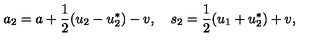
a _ { 2 } = a + \frac { 1 } { 2 } ( u _ { 2 } - u _ { 2 } ^ { * } ) - v , \quad s _ { 2 } = \frac { 1 } { 2 } ( u _ { 1 } + u _ { 2 } ^ { * } ) + v ,